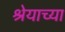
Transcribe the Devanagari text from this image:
श्रेयाच्या